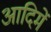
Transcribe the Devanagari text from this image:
आदिमें